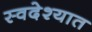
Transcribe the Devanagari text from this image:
स्वदेश्यात